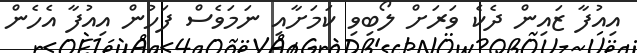
އިއުފާ ޒައިން ދެކެ ވަރަށް ލޯބިވި ކަމަށާއި ނަމަވެސް ފަހުން އިއުފާ އެހެން